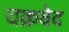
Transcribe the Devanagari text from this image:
चक्रवेद